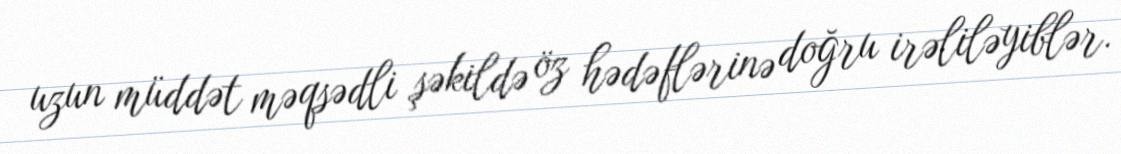
uzun müddət məqsədli şəkildə öz hədəflərinə doğru irəliləyiblər.